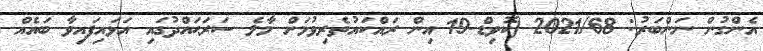
އެންގުން ނަންބަރު: 2021/68 (ކޮވިޑް-19 އިން ރައްކައުތެރިވުމަށް މާލެ ސަރަޙައްދުގައި އަޅައިފައިވާ ބައެއް